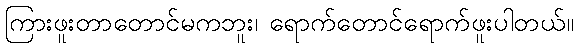
ကြားဖူးတာတောင်မကဘူး၊ ရောက်တောင်ရောက်ဖူးပါတယ်။